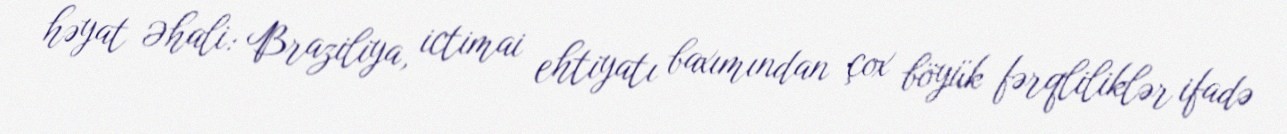
həyat Əhali: Braziliya, ictimai ehtiyatı baxımından çox böyük fərqliliklər ifadə